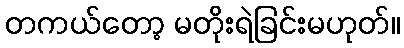
တကယ်တော့ မတိုးရဲခြင်းမဟုတ်။